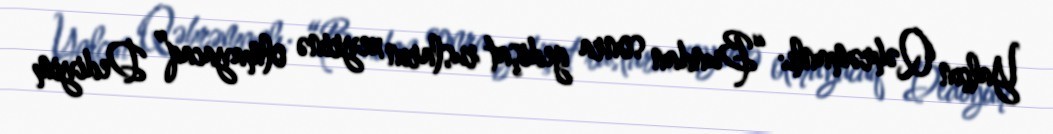
Yalçın Qəhrəmanlı: “Bundan sonra gedişat rusların xeyrinə olmayacaq” Dediyim